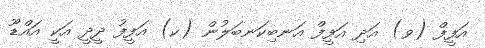
އަފީފް (ވ) އަދި އަފީފް އަނބިކަނބަލުން (ކ) އަފީފު ދީދީ އަކީ އައްޑޫ